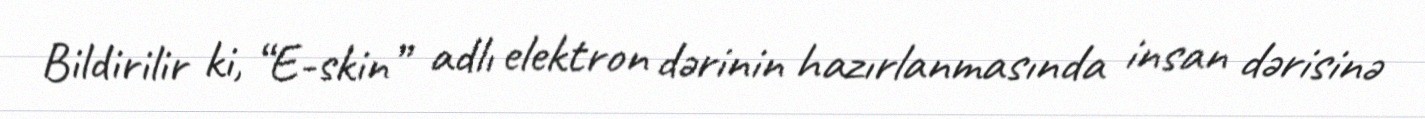
Bildirilir ki, “E-skin” adlı elektron dərinin hazırlanmasında insan dərisinə